65_HS1-834228961_62-HQ-83894_Section_10
Agency: FBI
Page 157
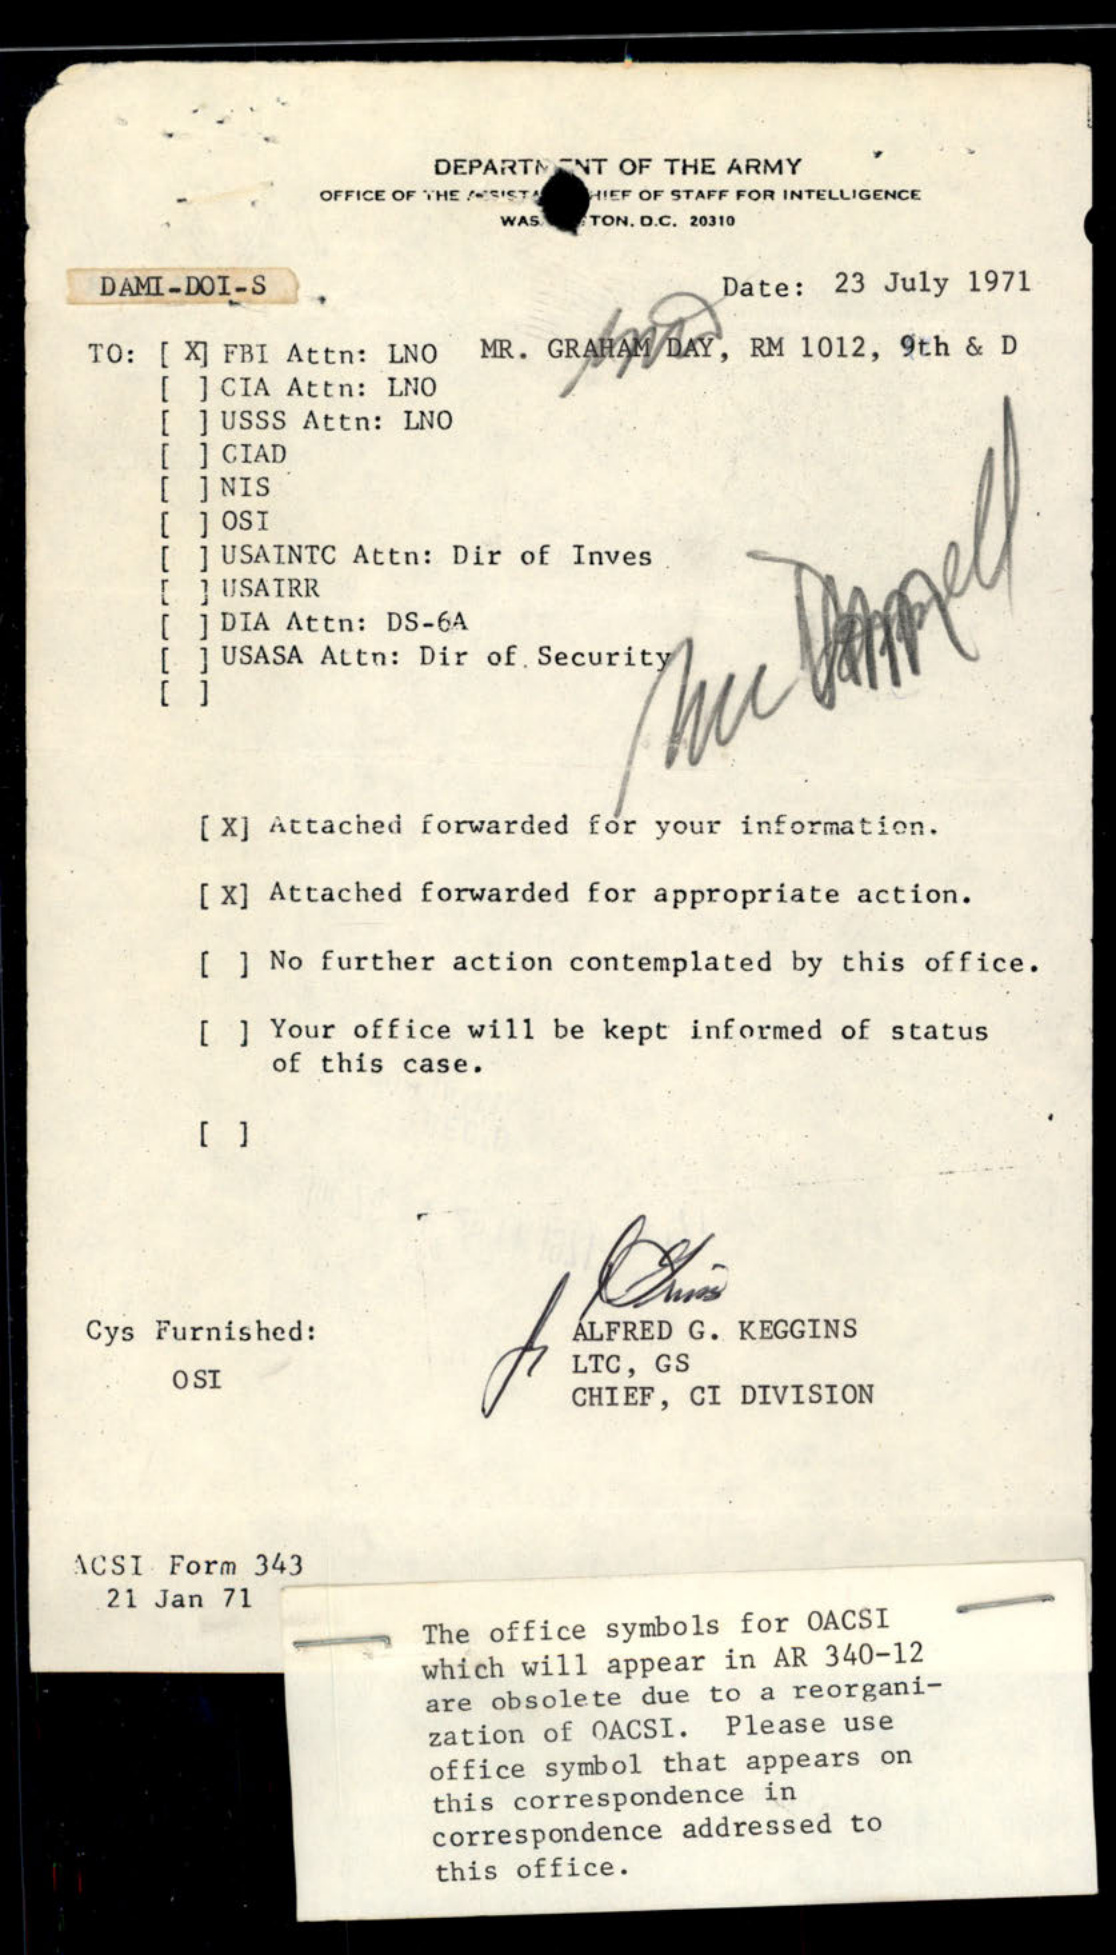